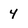
Character: 4